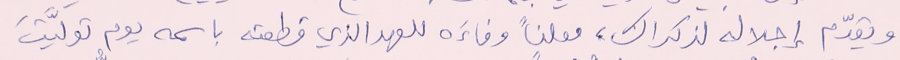
ويقدّم إجلاله لذكراك، معلناً وفاءَه للعهد الذي قطعته باسمه يوم تولَّيتَ